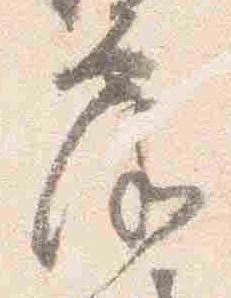
露